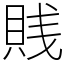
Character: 賎